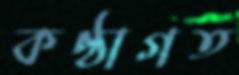
কণ্ঠাগত